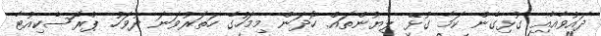
ދައުވާއާއި ގުޅިގެން ކަމާ ގުޅޭ ލިޔުންތައް ހޯދަން މިމަހުގެ ހަތަރުވަނަ ދުވަހު ޕްރޮސެކިއުޓާ